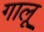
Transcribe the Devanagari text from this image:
गालू